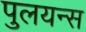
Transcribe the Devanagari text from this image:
पुलयन्स